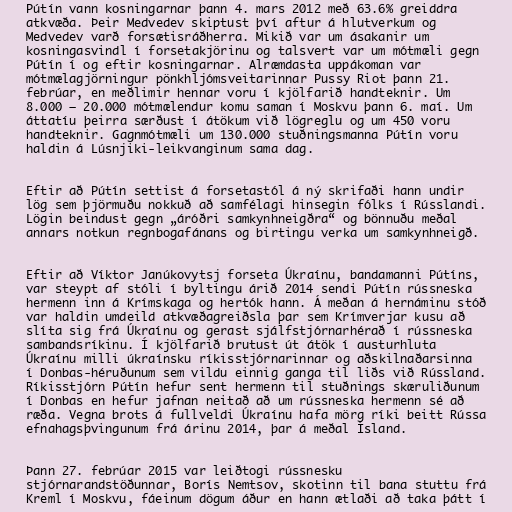
Pútín vann kosningarnar þann 4. mars 2012 með 63.6% greiddra
atkvæða. Þeir Medvedev skiptust því aftur á hlutverkum og
Medvedev varð forsætisráðherra. Mikið var um ásakanir um
kosningasvindl í forsetakjörinu og talsvert var um mótmæli gegn
Pútín í og eftir kosningarnar. Alræmdasta uppákoman var
mótmælagjörningur pönkhljómsveitarinnar Pussy Riot þann 21.
febrúar, en meðlimir hennar voru í kjölfarið handteknir. Um
8.000 – 20.000 mótmælendur komu saman í Moskvu þann 6. maí. Um
áttatíu þeirra særðust í átökum við lögreglu og um 450 voru
handteknir. Gagnmótmæli um 130.000 stuðningsmanna Pútín voru
haldin á Lúsnjiki-leikvanginum sama dag.

Eftir að Pútín settist á forsetastól á ný skrifaði hann undir
lög sem þjörmuðu nokkuð að samfélagi hinsegin fólks í Rússlandi.
Lögin beindust gegn „áróðri samkynhneigðra“ og bönnuðu meðal
annars notkun regnbogafánans og birtingu verka um samkynhneigð.

Eftir að Víktor Janúkovytsj forseta Úkraínu, bandamanni Pútíns,
var steypt af stóli í byltingu árið 2014 sendi Pútín rússneska
hermenn inn á Krímskaga og hertók hann. Á meðan á hernáminu stóð
var haldin umdeild atkvæðagreiðsla þar sem Krímverjar kusu að
slíta sig frá Úkraínu og gerast sjálfstjórnarhérað í rússneska
sambandsríkinu. Í kjölfarið brutust út átök í austurhluta
Úkraínu milli úkraínsku ríkisstjórnarinnar og aðskilnaðarsinna
í Donbas-héruðunum sem vildu einnig ganga til liðs við Rússland.
Ríkisstjórn Pútín hefur sent hermenn til stuðnings skæruliðunum
í Donbas en hefur jafnan neitað að um rússneska hermenn sé að
ræða. Vegna brots á fullveldi Úkraínu hafa mörg ríki beitt Rússa
efnahagsþvingunum frá árinu 2014, þar á meðal Ísland.

Þann 27. febrúar 2015 var leiðtogi rússnesku
stjórnarandstöðunnar, Borís Nemtsov, skotinn til bana stuttu frá
Kreml í Moskvu, fáeinum dögum áður en hann ætlaði að taka þátt í